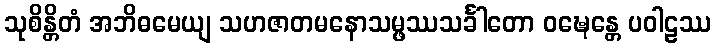
သုစိန္တိတံ အဘိဓမေယျ သဟဇာတမနောသမ္ဖဿသင်္ခါတော ဝဍ္ဎေန္တေ ပဝါဠဿ